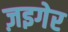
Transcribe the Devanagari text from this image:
ज़इगेर